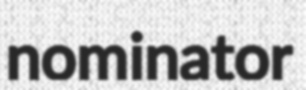
nominator